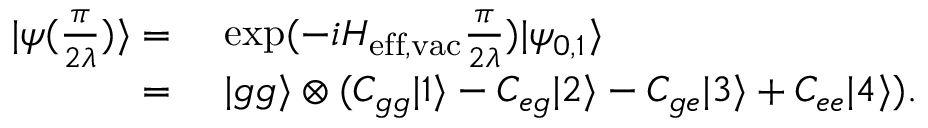
\begin{array} { r l } { | \psi ( \frac { \pi } { 2 \lambda } ) \rangle = } & { ~ \mathrm { e x p } ( - i H _ { \mathrm { e f f , v a c } } \frac { \pi } { 2 \lambda } ) | \psi _ { 0 , 1 } \rangle } \\ { = } & { ~ | g g \rangle \otimes ( C _ { g g } | 1 \rangle - C _ { e g } | 2 \rangle - C _ { g e } | 3 \rangle + C _ { e e } | 4 \rangle ) . } \end{array}